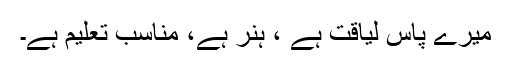
میرے پاس لیاقت ہے ، ہنر ہے، مناسب تعلیم ہے۔